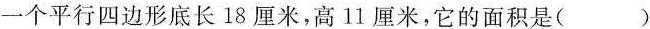
一个平行四边形底长18厘米，高11厘米，它的面积是( )